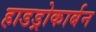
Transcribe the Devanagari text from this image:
हाडड्रोकार्बन